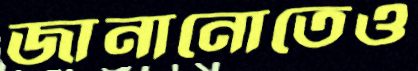
জানানোতেও